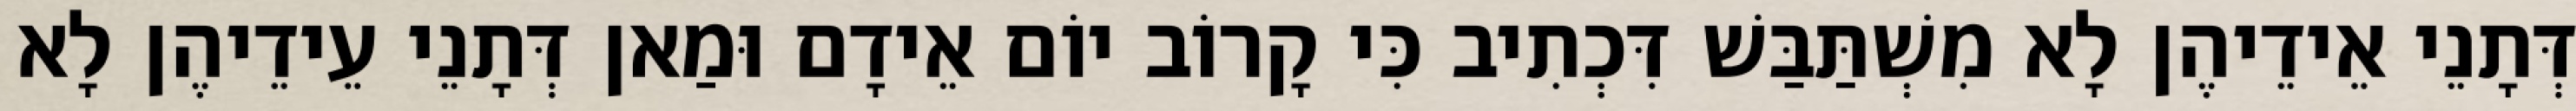
דְּתָנֵי אֵידֵיהֶן לָא מִשְׁתַּבַּשׁ דִּכְתִיב כִּי קָרוֹב יוֹם אֵידָם וּמַאן דְּתָנֵי עֵידֵיהֶן לָא